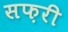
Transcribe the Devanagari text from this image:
सफ़री